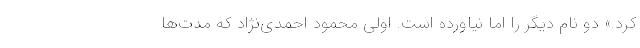
کرد.» دو نام دیگر را اما نیاورده است. اولی محمود احمدی‌نژاد که مدت‌ها